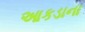
આકડાના